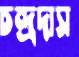
চন্দ্রদাস